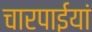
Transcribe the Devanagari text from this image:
चारपाईयां